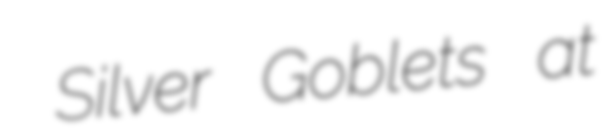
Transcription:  Silver Goblets at